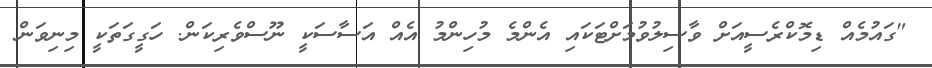
"ގައުމެއް ޑިމޮކްރެސީއަށް ވާސިލުވުމަށްޓަކައި އެންމެ މުހިންމު އެއް އަސާސަކީ ނޫސްވެރިކަން. ހަގީގަތަކީ މިނިވަން